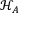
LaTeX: { \mathcal { H } } _ { A }